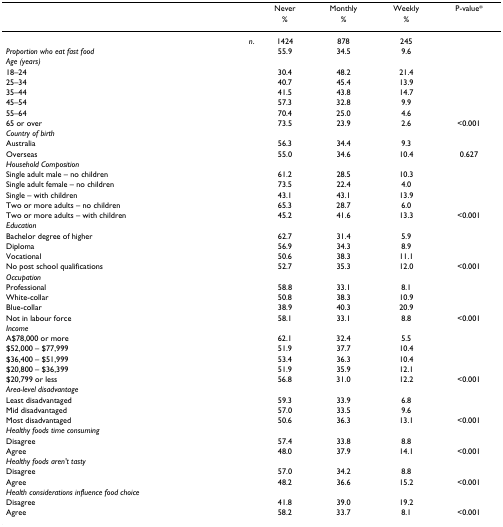
<table><thead><tr><td></td><td><b>Never</b></td><td><b>Monthly</b></td><td><b>Weekly</b></td><td><b>P-value*</b></td></tr><tr><td></td><td><b>%</b></td><td><b>%</b></td><td><b>%</b></td><td></td></tr></thead><tbody><tr><td><i>n</i>.</td><td>1424</td><td>878</td><td>245</td><td></td></tr><tr><td><i>Proportion who eat fast food</i></td><td>55.9</td><td>34.5</td><td>9.6</td><td></td></tr><tr><td><i>Age (years)</i></td><td></td><td></td><td></td><td></td></tr><tr><td>18–24</td><td>30.4</td><td>48.2</td><td>21.4</td><td></td></tr><tr><td>25–34</td><td>40.7</td><td>45.4</td><td>13.9</td><td></td></tr><tr><td>35–44</td><td>41.5</td><td>43.8</td><td>14.7</td><td></td></tr><tr><td>45–54</td><td>57.3</td><td>32.8</td><td>9.9</td><td></td></tr><tr><td>55–64</td><td>70.4</td><td>25.0</td><td>4.6</td><td></td></tr><tr><td>65 or over</td><td>73.5</td><td>23.9</td><td>2.6</td><td>&lt;0.001</td></tr><tr><td><i>Country of birth</i></td><td></td><td></td><td></td><td></td></tr><tr><td>Australia</td><td>56.3</td><td>34.4</td><td>9.3</td><td></td></tr><tr><td>Overseas</td><td>55.0</td><td>34.6</td><td>10.4</td><td>0.627</td></tr><tr><td><i>Household Composition</i></td><td></td><td></td><td></td><td></td></tr><tr><td>Single adult male – no children</td><td>61.2</td><td>28.5</td><td>10.3</td><td></td></tr><tr><td>Single adult female – no children</td><td>73.5</td><td>22.4</td><td>4.0</td><td></td></tr><tr><td>Single – with children</td><td>43.1</td><td>43.1</td><td>13.9</td><td></td></tr><tr><td>Two or more adults – no children</td><td>65.3</td><td>28.7</td><td>6.0</td><td></td></tr><tr><td>Two or more adults – with children</td><td>45.2</td><td>41.6</td><td>13.3</td><td>&lt;0.001</td></tr><tr><td><i>Education</i></td><td></td><td></td><td></td><td></td></tr><tr><td>Bachelor degree of higher</td><td>62.7</td><td>31.4</td><td>5.9</td><td></td></tr><tr><td>Diploma</td><td>56.9</td><td>34.3</td><td>8.9</td><td></td></tr><tr><td>Vocational</td><td>50.6</td><td>38.3</td><td>11.1</td><td></td></tr><tr><td>No post school qualifications</td><td>52.7</td><td>35.3</td><td>12.0</td><td>&lt;0.001</td></tr><tr><td><i>Occupation</i></td><td></td><td></td><td></td><td></td></tr><tr><td>Professional</td><td>58.8</td><td>33.1</td><td>8.1</td><td></td></tr><tr><td>White-collar</td><td>50.8</td><td>38.3</td><td>10.9</td><td></td></tr><tr><td>Blue-collar</td><td>38.9</td><td>40.3</td><td>20.9</td><td></td></tr><tr><td>Not in labour force</td><td>58.1</td><td>33.1</td><td>8.8</td><td>&lt;0.001</td></tr><tr><td><i>Income</i></td><td></td><td></td><td></td><td></td></tr><tr><td>A$78,000 or more</td><td>62.1</td><td>32.4</td><td>5.5</td><td></td></tr><tr><td>$52,000 – $77,999</td><td>51.9</td><td>37.7</td><td>10.4</td><td></td></tr><tr><td>$36,400 – $51,999</td><td>53.4</td><td>36.3</td><td>10.4</td><td></td></tr><tr><td>$20,800 – $36,399</td><td>51.9</td><td>35.9</td><td>12.1</td><td></td></tr><tr><td>$20,799 or less</td><td>56.8</td><td>31.0</td><td>12.2</td><td>&lt;0.001</td></tr><tr><td><i>Area-level disadvantage</i></td><td></td><td></td><td></td><td></td></tr><tr><td>Least disadvantaged</td><td>59.3</td><td>33.9</td><td>6.8</td><td></td></tr><tr><td>Mid disadvantaged</td><td>57.0</td><td>33.5</td><td>9.6</td><td></td></tr><tr><td>Most disadvantaged</td><td>50.6</td><td>36.3</td><td>13.1</td><td>&lt;0.001</td></tr><tr><td><i>Healthy foods time consuming</i></td><td></td><td></td><td></td><td></td></tr><tr><td>Disagree</td><td>57.4</td><td>33.8</td><td>8.8</td><td></td></tr><tr><td>Agree</td><td>48.0</td><td>37.9</td><td>14.1</td><td>&lt;0.001</td></tr><tr><td><i>Healthy foods aren&#x27;t tasty</i></td><td></td><td></td><td></td><td></td></tr><tr><td>Disagree</td><td>57.0</td><td>34.2</td><td>8.8</td><td></td></tr><tr><td>Agree</td><td>48.2</td><td>36.6</td><td>15.2</td><td>&lt;0.001</td></tr><tr><td><i>Health considerations influence food choice</i></td><td></td><td></td><td></td><td></td></tr><tr><td>Disagree</td><td>41.8</td><td>39.0</td><td>19.2</td><td></td></tr><tr><td>Agree</td><td>58.2</td><td>33.7</td><td>8.1</td><td>&lt;0.001</td></tr></tbody></table>